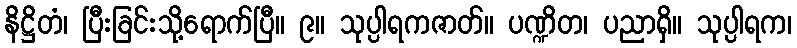
နိဋ္ဌိတံ၊ ပြီးခြင်းသို့ရောက်ပြီ။ ၉။ သုပ္ပါရကဇာတ်။ ပဏ္ဍိတ၊ ပညာရှိ။ သုပ္ပါရက၊